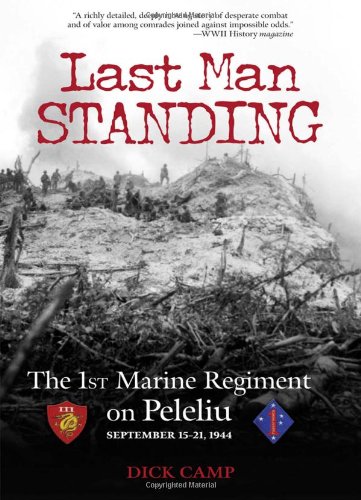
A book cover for Last Man Standing: The 1st Marine Regiment on Peleliu, September 15-21, 1944; Dick Camp; History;